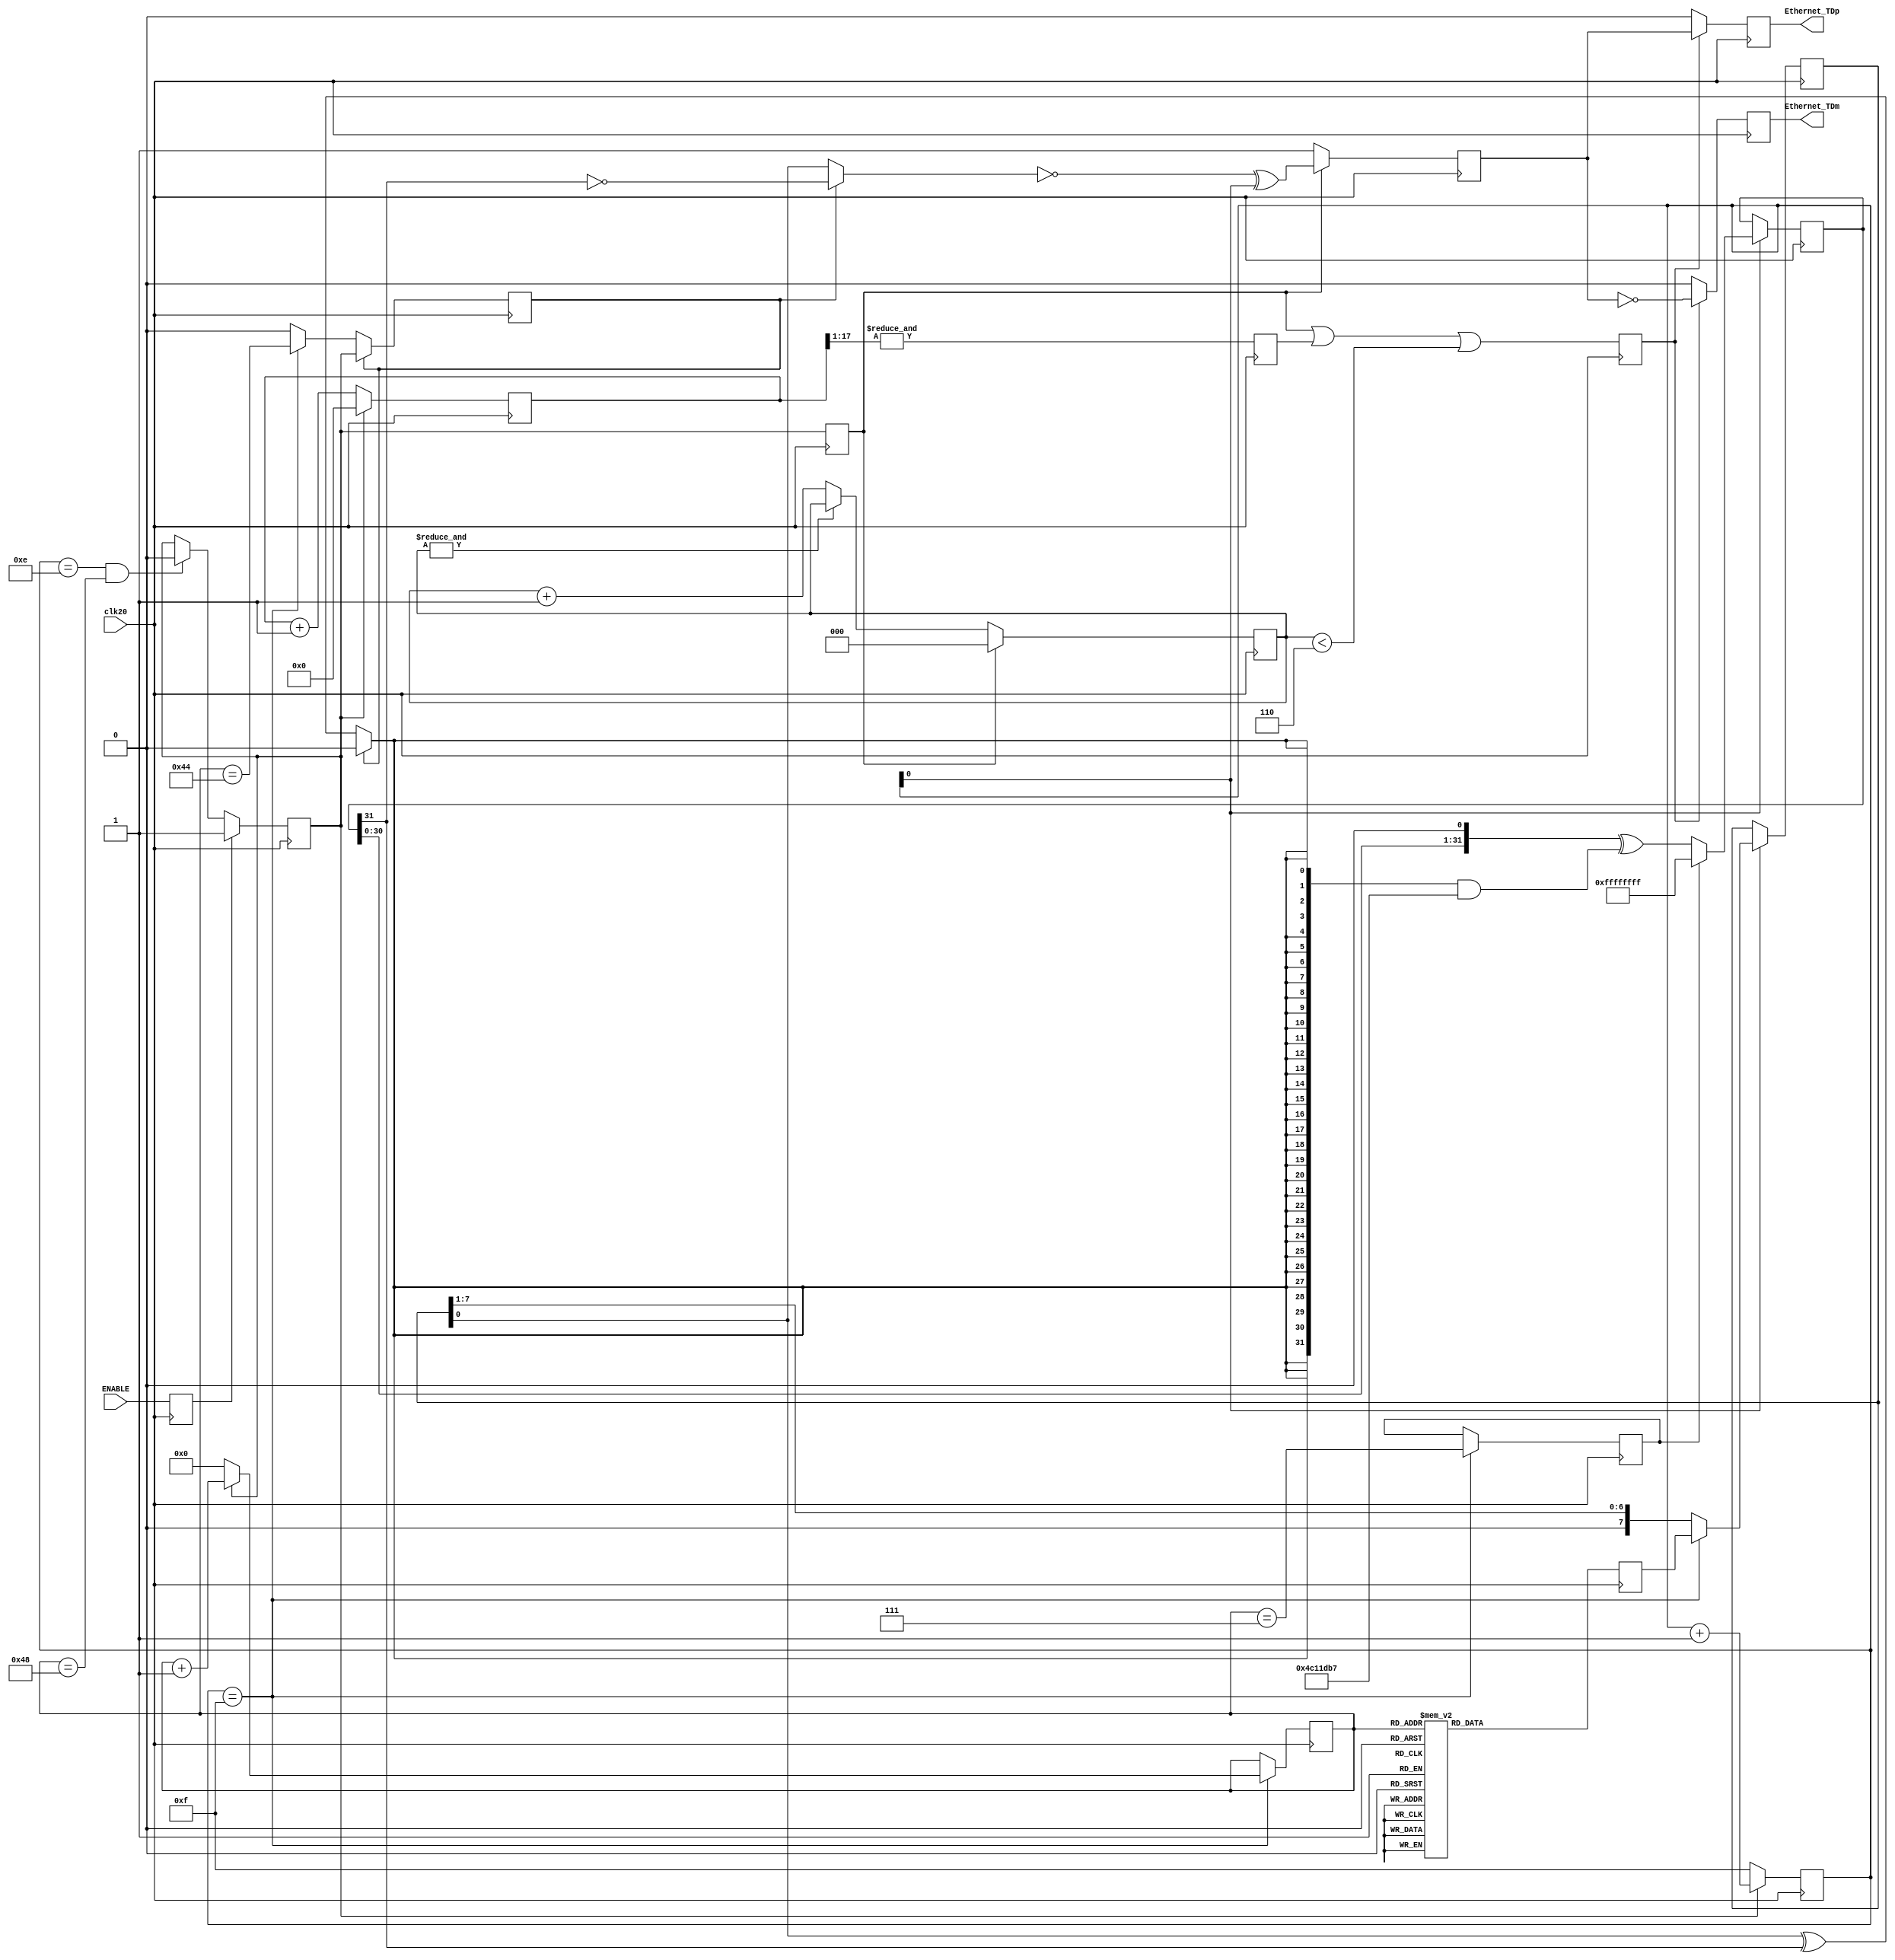
module Ethernet_10BASE_TX(
	// a 20MHz clock (this code won't work with a different frequency)
	input clk20,
	
	input ENABLE,

	// the two differential 10BASE-T outputs
	output reg Ethernet_TDp, Ethernet_TDm
	);

// "IP source" - put an unused IP - if unsure, see comment below after the source code
	parameter IPsource_1 = 192;
	parameter IPsource_2 = 168;
	parameter IPsource_3 = 9;
	parameter IPsource_4 = 99;

// "IP destination" - put the IP of the PC you want to send to
	parameter IPdestination_1 = 192;
	parameter IPdestination_2 = 168;
	parameter IPdestination_3 = 9;
	parameter IPdestination_4 = 98;

// "Physical Address" - put the address of the PC you want to send to
	parameter PhysicalAddress_1 = 8'hF4;
	parameter PhysicalAddress_2 = 8'h6D;
	parameter PhysicalAddress_3 = 8'h04;
	parameter PhysicalAddress_4 = 8'h61;
	parameter PhysicalAddress_5 = 8'hAF;
	parameter PhysicalAddress_6 = 8'h27;

//////////////////////////////////////////////////////////////////////
// we send a UDP packet, 18 bytes payload

// calculate the IP checksum, big-endian style
	parameter IPchecksum1 = 32'h0000C53F + (IPsource_1<<8)+IPsource_2+(IPsource_3<<8)+ IPsource_4+		 
														(IPdestination_1<<8)+IPdestination_2+(IPdestination_3<<8)+(IPdestination_4);
	parameter IPchecksum2 =  ((IPchecksum1&32'h0000FFFF)+(IPchecksum1>>16));
	parameter IPchecksum3 = ~((IPchecksum2&32'h0000FFFF)+(IPchecksum2>>16));
	
//////////////////////////////////////////////////////////////////////
// sends a packet when enabled
	
	reg StartSending; 
	always @(posedge clk20) 
		StartSending <= ENABLE;

	reg [6:0] rdaddress;
	reg [7:0] pkt_data;

	always @(posedge clk20) 
	case(rdaddress)
	// Ethernet preamble
	  7'h00: pkt_data <= 8'h55;
	  7'h01: pkt_data <= 8'h55;
	  7'h02: pkt_data <= 8'h55;
	  7'h03: pkt_data <= 8'h55;
	  7'h04: pkt_data <= 8'h55;
	  7'h05: pkt_data <= 8'h55;
	  7'h06: pkt_data <= 8'h55;
	  7'h07: pkt_data <= 8'hD5;
	// Ethernet header
	  7'h08: pkt_data <= PhysicalAddress_1;
	  7'h09: pkt_data <= PhysicalAddress_2;
	  7'h0A: pkt_data <= PhysicalAddress_3;
	  7'h0B: pkt_data <= PhysicalAddress_4;
	  7'h0C: pkt_data <= PhysicalAddress_5;
	  7'h0D: pkt_data <= PhysicalAddress_6;
	  7'h0E: pkt_data <= 8'h00;
	  7'h0F: pkt_data <= 8'h12;
	  7'h10: pkt_data <= 8'h34;
	  7'h11: pkt_data <= 8'h56;
	  7'h12: pkt_data <= 8'h78;
	  7'h13: pkt_data <= 8'h90;
	// IP header
	  7'h14: pkt_data <= 8'h08;
	  7'h15: pkt_data <= 8'h00;
	  7'h16: pkt_data <= 8'h45;
	  7'h17: pkt_data <= 8'h00;
	  7'h18: pkt_data <= 8'h00;
	  7'h19: pkt_data <= 8'h2E;
	  7'h1A: pkt_data <= 8'h00;
	  7'h1B: pkt_data <= 8'h00;
	  7'h1C: pkt_data <= 8'h00;
	  7'h1D: pkt_data <= 8'h00;
	  7'h1E: pkt_data <= 8'h80;
	  7'h1F: pkt_data <= 8'h11;
	  7'h20: pkt_data <= IPchecksum3[15:8];
	  7'h21: pkt_data <= IPchecksum3[ 7:0];
	  7'h22: pkt_data <= IPsource_1;
	  7'h23: pkt_data <= IPsource_2;
	  7'h24: pkt_data <= IPsource_3;
	  7'h25: pkt_data <= IPsource_4;
	  7'h26: pkt_data <= IPdestination_1;
	  7'h27: pkt_data <= IPdestination_2;
	  7'h28: pkt_data <= IPdestination_3;
	  7'h29: pkt_data <= IPdestination_4;
	// UDP header
	  7'h2A: pkt_data <= 8'h04;
	  7'h2B: pkt_data <= 8'h00;
	  7'h2C: pkt_data <= 8'h04;
	  7'h2D: pkt_data <= 8'h00;
	  7'h2E: pkt_data <= 8'h00;
	  7'h2F: pkt_data <= 8'h1A;
	  7'h30: pkt_data <= 8'h00;
	  7'h31: pkt_data <= 8'h00;
	// payload
	  7'h32: pkt_data <= 8'h00;	// put here the data that you want to send
	  7'h33: pkt_data <= 8'h01;	// put here the data that you want to send
	  7'h34: pkt_data <= 8'h02;	// put here the data that you want to send
	  7'h35: pkt_data <= 8'h03;	// put here the data that you want to send
	  7'h36: pkt_data <= 8'h04;	// put here the data that you want to send
	  7'h37: pkt_data <= 8'h05;	// put here the data that you want to send
	  7'h38: pkt_data <= 8'h06;	// put here the data that you want to send
	  7'h39: pkt_data <= 8'h07;	// put here the data that you want to send
	  7'h3A: pkt_data <= 8'h08;	// put here the data that you want to send
	  7'h3B: pkt_data <= 8'h09;	// put here the data that you want to send
	  7'h3C: pkt_data <= 8'h0A;	// put here the data that you want to send
	  7'h3D: pkt_data <= 8'h0B;	// put here the data that you want to send
	  7'h3E: pkt_data <= 8'h0C;	// put here the data that you want to send
	  7'h3F: pkt_data <= 8'h0D;	// put here the data that you want to send
	  7'h40: pkt_data <= 8'h0E;	// put here the data that you want to send
	  7'h41: pkt_data <= 8'h0F;	// put here the data that you want to send
	  7'h42: pkt_data <= 8'h10;	// put here the data that you want to send
	  7'h43: pkt_data <= 8'h11;	// put here the data that you want to send
	  default: pkt_data <= 8'h00;
	endcase

//////////////////////////////////////////////////////////////////////
// and finally the 10BASE-T's magic
	reg [3:0] ShiftCount;
	reg SendingPacket;
	
	always @(posedge clk20) 
		if(StartSending) 
			SendingPacket<=1; 
		else if(ShiftCount==14 && rdaddress==7'h48) 
			SendingPacket<=0;
			
	always @(posedge clk20) 
		ShiftCount <= SendingPacket ? ShiftCount+1 : 15;
	
	wire readram = (ShiftCount==15);
	always @(posedge clk20) 
		if(ShiftCount==15) 
			rdaddress <= SendingPacket ? rdaddress+1 : 0;
	
	reg [7:0] ShiftData; 
	always @(posedge clk20) 
		if(ShiftCount[0]) 
			ShiftData <= readram ? pkt_data : {1'b0, ShiftData[7:1]};

	// generate the CRC32
	reg [31:0] CRC;
	reg CRCflush; 
	
	always @(posedge clk20) 
		if(CRCflush) 
			CRCflush <= SendingPacket; 
		else if(readram) 
			CRCflush <= (rdaddress==7'h44);
	
	reg CRCinit; 
	always @(posedge clk20) 
		if(readram) 
			CRCinit <= (rdaddress==7);
	
	wire CRCinput = CRCflush ? 0 : (ShiftData[0] ^ CRC[31]);
	
	always @(posedge clk20) 
		if(ShiftCount[0]) 
			CRC <= CRCinit ? ~0 : ({CRC[30:0],1'b0} ^ ({32{CRCinput}} & 32'h04C11DB7));

	// generate the NLP			
	reg [17:0] LinkPulseCount; 
	always @(posedge clk20) 
		LinkPulseCount <= SendingPacket ? 0 : LinkPulseCount+1;

	reg LinkPulse; 
	always @(posedge clk20)
		LinkPulse <= &LinkPulseCount[17:1];	

	// TP_IDL, shift-register and manchester encoder
	reg SendingPacketData; 
	always @(posedge clk20) 
		SendingPacketData <= SendingPacket;
	
	reg [2:0] idlecount; 
	always @(posedge clk20) 
		if(SendingPacketData) 
			idlecount<=0; 
		else if(~&idlecount) 
			idlecount<=idlecount+1;
	
	wire dataout = CRCflush ? ~CRC[31] : ShiftData[0];
	
	reg qo; 
	always @(posedge clk20) 
		qo <= SendingPacketData ? ~dataout^ShiftCount[0] : 1;
	
	reg qoe; 
	always @(posedge clk20) 
		qoe <= SendingPacketData | LinkPulse | (idlecount<6);

	always @(posedge clk20) 
		Ethernet_TDp <= (qoe ? qo : 1'b0);
	
	always @(posedge clk20) 
		Ethernet_TDm <= (qoe ? ~qo : 1'b0);

endmodule